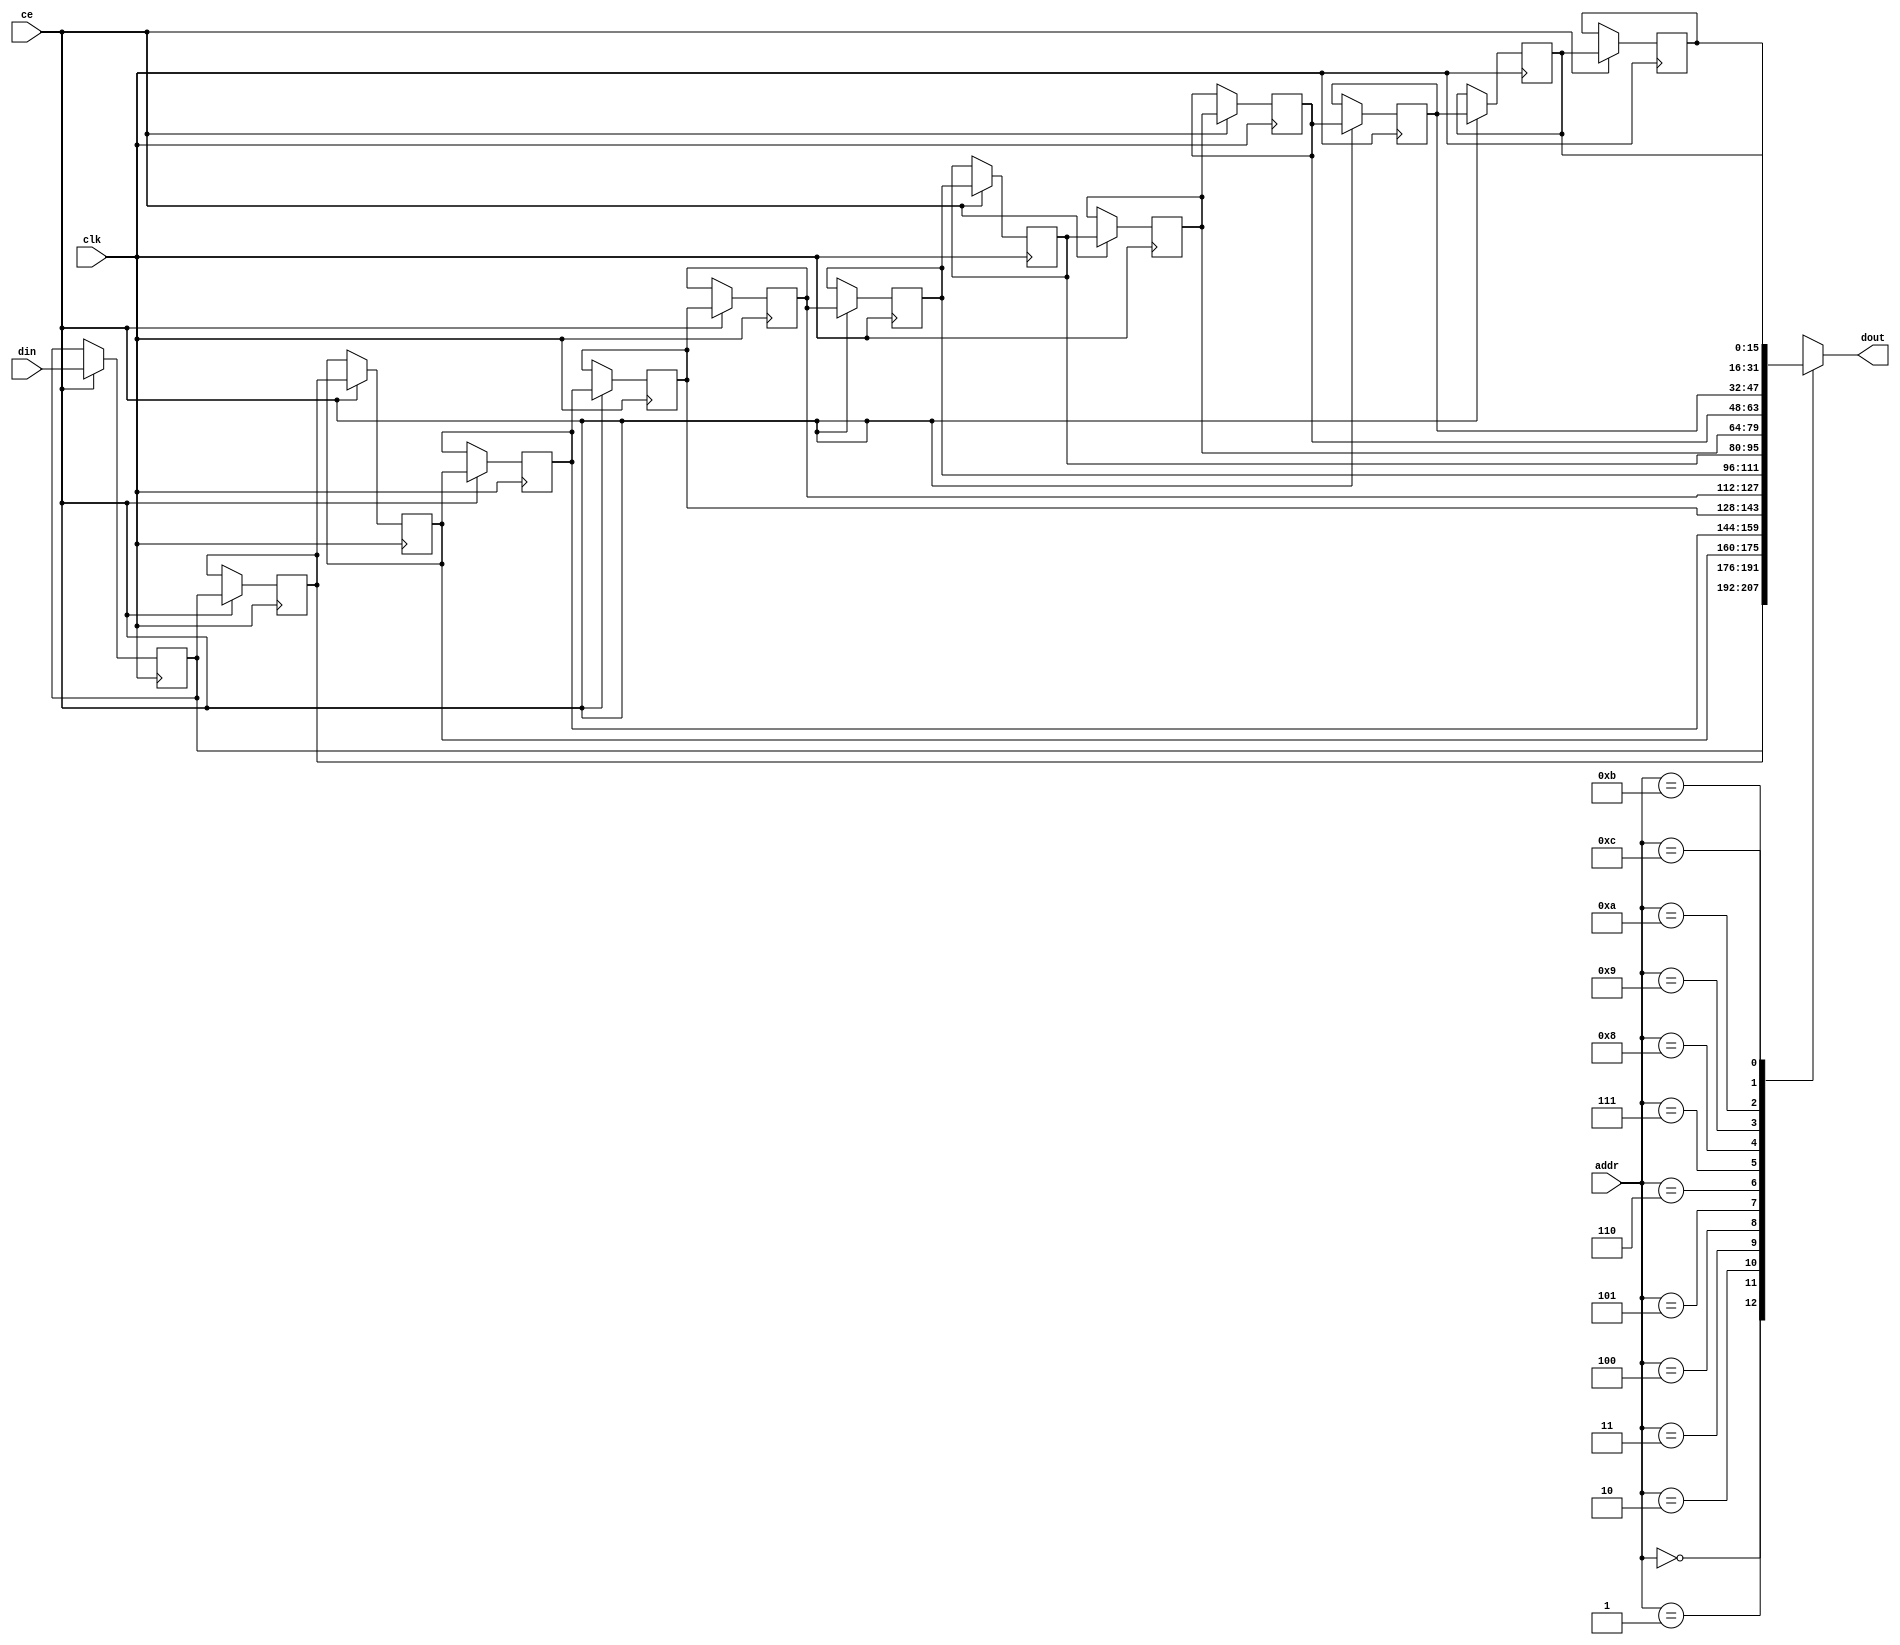
// ==============================================================
// Vivado(TM) HLS - High-Level Synthesis from C, C++ and SystemC v2019.2 (64-bit)
// Copyright 1986-2019 Xilinx, Inc. All Rights Reserved.
// ==============================================================

`timescale 1 ns / 1 ps

module shift_line_buffer_array_ap_fixed_16u_config11_s_line_buff3i2_core (
    clk,
    ce,
    din,
    addr,
    dout);

parameter DATA_WIDTH = 32'd16;
parameter ADDR_WIDTH = 32'd4;
parameter DEPTH = 5'd13;

input clk;
input ce;
input [DATA_WIDTH-1:0] din;
input [ADDR_WIDTH-1:0] addr;
output [DATA_WIDTH-1:0] dout;


reg[DATA_WIDTH-1:0] ShiftRegMem[0:DEPTH-1];
integer i;

initial
begin
    for(i=0;i<DEPTH;i=i+1)
        ShiftRegMem[i] <= {DATA_WIDTH{1'b0}};
end

always @ (posedge clk)
begin
    if (ce)
    begin
        for(i=0;i<DEPTH-1;i=i+1)
            ShiftRegMem[i+1] <= ShiftRegMem[i];
        ShiftRegMem[0] <= din;
    end
end

assign dout = ShiftRegMem[addr];

endmodule

module shift_line_buffer_array_ap_fixed_16u_config11_s_line_buff3i2 (
    clk,
    reset,
    address0,
    ce0,
    we0,
    d0,
    q0);

parameter DataWidth = 32'd16;
parameter AddressRange = 32'd13;
parameter AddressWidth = 32'd4;

input clk;
input reset;
input [AddressWidth-1:0] address0;
input ce0;
input we0;
input [DataWidth-1:0] d0;
output [DataWidth-1:0] q0;

shift_line_buffer_array_ap_fixed_16u_config11_s_line_buff3i2_core #(
    .DATA_WIDTH( DataWidth ),
    .ADDR_WIDTH( AddressWidth ),
    .DEPTH( AddressRange ))
shift_line_buffer_array_ap_fixed_16u_config11_s_line_buff3i2_core_U(
    .clk(clk),
    .ce(we0),
    .din(d0),
    .addr(address0),
    .dout(q0)
);

endmodule